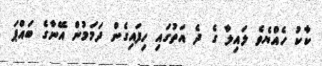
ކާކު ހެއްޔެވެ ލައިލާ ގެ ދެ އަތުގައި ހިފައިގެން ދަމަމުން އޭނާގެ ބައްޕަ